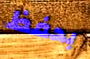
بحفظ